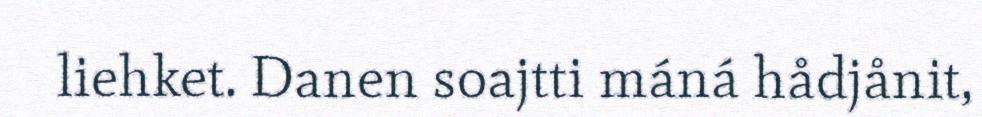
liehket. Danen soajtti máná hådjånit,